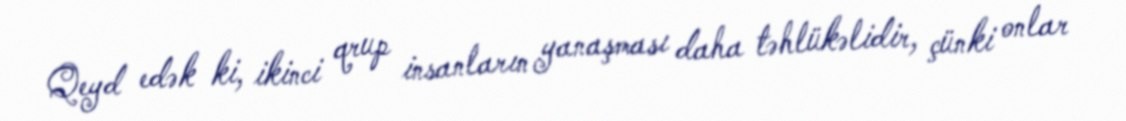
Qeyd edək ki, ikinci qrup insanların yanaşması daha təhlükəlidir, çünki onlar